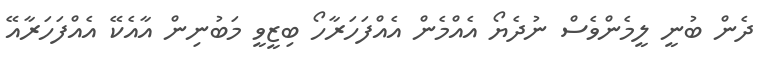
ދެން ބުނީ ލީމެންވެސް ނުދެޔޯ އެއްމެން އެއްފަހަރާހޯ ބިޒީވީ މަބުނިން އާއެކޭ އެއްފަހަރާއޭ